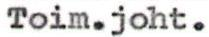
Toim.joht.